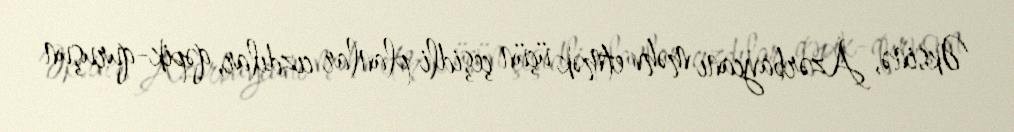
Əksinə, Azərbaycanı məhv etmək üçün çeşidli planlar cızdılar, qəpik-quruşun